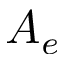
A _ { e }